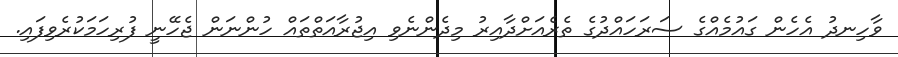
ވާހިނދު އެހެން ގައުމެއްގެ ސަރަހައްދުގެ ތެރެއަށްދާއިރު މިދެންނެވި އިޖުރާއަތްތައް ހުންނަން ޖެހޭނީ ފުރިހަމަކުރެވިފައި.